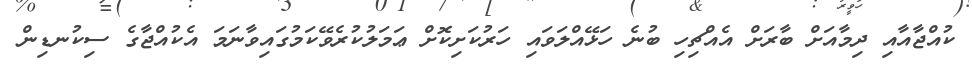
ކުއްޖާއާއި ދިމާއަށް ބާރަށް އެއްޗިހި ބުނެ ހަޅޭއްލަވައި ހަރުކަށިކޮށް ޢަމަލުކުރެވޭކަމުގައިވާނަމަ އެކުއްޖާގެ ސިކުނޑިން